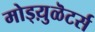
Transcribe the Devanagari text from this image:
मोड्य़ुळॆटर्स